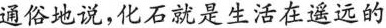
通俗地说，化石就是生活在遥远的